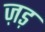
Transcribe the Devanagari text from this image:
ज़ड़